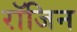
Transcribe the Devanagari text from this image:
रॉजिन